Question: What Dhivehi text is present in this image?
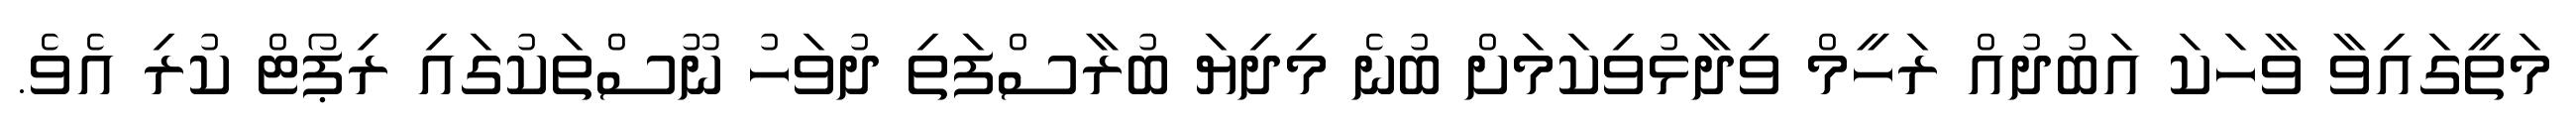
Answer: މަތީގައިވާ ވާހަކަ އަބުދުއް ރަހީމް ވިދާޅުވިކަމަށް ބުނެ މިދިޔަ ބުރާސްފަތި ދުވަހު ނޫސްތަކުގައި ރިޕޯޓް ކުރި އެވެ.